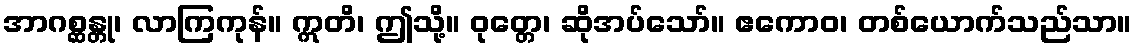
အာဂစ္ဆန္တု၊ လာကြကုန်။ ဣတိ၊ ဤသို့။ ဝုတ္တေ၊ ဆိုအပ်သော်။ ဧကောဝ၊ တစ်ယောက်သည်သာ။